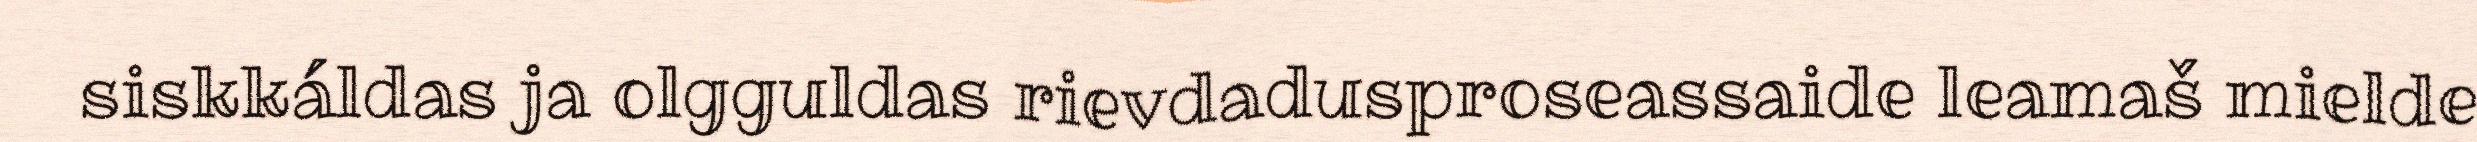
siskkáldas ja olgguldas rievdadusproseassaide leamaš mielde